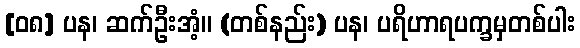
[၀၈] ပန၊ ဆက်ဦးအံ့။ (တစ်နည်း) ပန၊ ပရိဟာရပက္ခမှတစ်ပါး